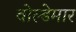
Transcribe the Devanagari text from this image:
वोल्डेमार